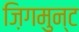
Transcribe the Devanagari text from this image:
ज़िगमुन्ट